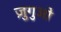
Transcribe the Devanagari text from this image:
ज़ुगुओ